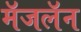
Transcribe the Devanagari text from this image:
मॅजलॅन